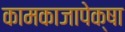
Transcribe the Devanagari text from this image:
कामकाजापेक्षा